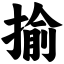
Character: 揄